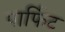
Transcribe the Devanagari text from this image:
पार्फिट